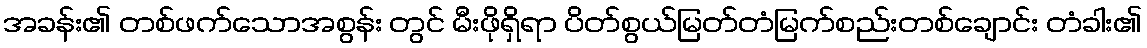
အခန်း၏ တစ်ဖက်သောအစွန်း တွင် မီးဖိုရှိရာ ပိတ်စွယ်မြတ်တံမြက်စည်းတစ်ချောင်း တံခါး၏